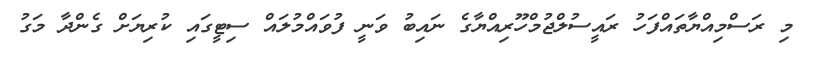
މި ރަސްމިއްޔާތައްފަހު ރައީސުލްޖުމްހޫރިއްޔާގެ ނައިބު ވަނީ ފުވައްމުލައް ސިޓީގައި ކުރިޔަށް ގެންދާ މަގު